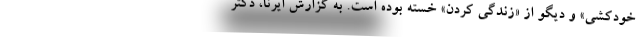
خودکشی» و دیگو از «زندگی کردن» خسته بوده است. به گزارش ایرنا، دکتر